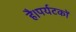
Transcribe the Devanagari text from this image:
है।पर्यटकों